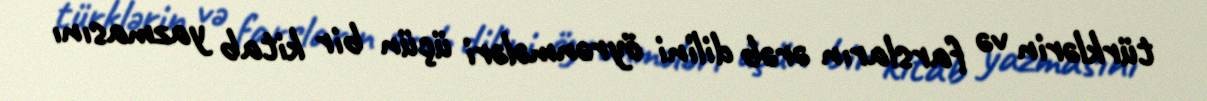
türklərin və farsların ərəb dilini öyrənmələri üçün bir kitab yazmasını